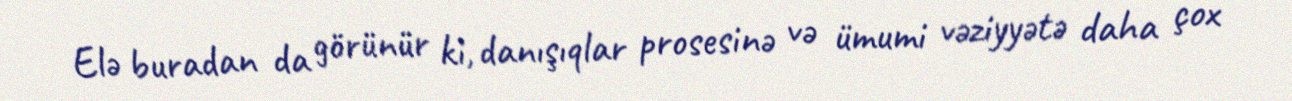
Elə buradan da görünür ki, danışıqlar prosesinə və ümumi vəziyyətə daha çox